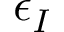
\epsilon _ { I }